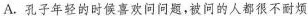
A.孔子年轻的时候喜欢问问题，被问的人都很不耐烦